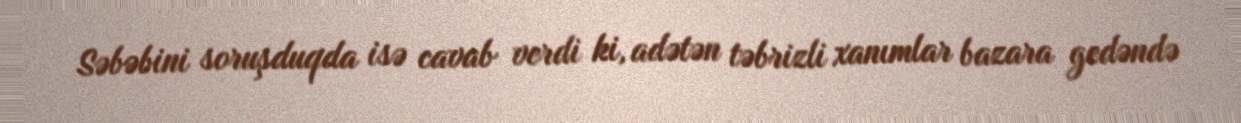
Səbəbini soruşduqda isə cavab verdi ki, adətən təbrizli xanımlar bazara gedəndə